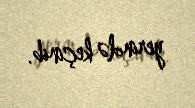
yerində keçinib.